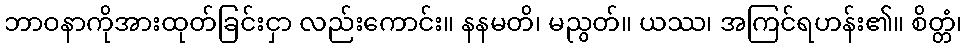
ဘာဝနာကိုအားထုတ်ခြင်းငှာ လည်းကောင်း။ နနမတိ၊ မညွတ်။ ယဿ၊ အကြင်ရဟန်း၏။ စိတ္တံ၊